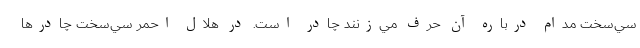
سي‌سخت مدام درباره آن حرف مي‌زنند چادر است. در هلال احمر سي‌سخت چادرها